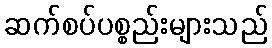
ဆက်စပ်ပစ္စည်းများသည်